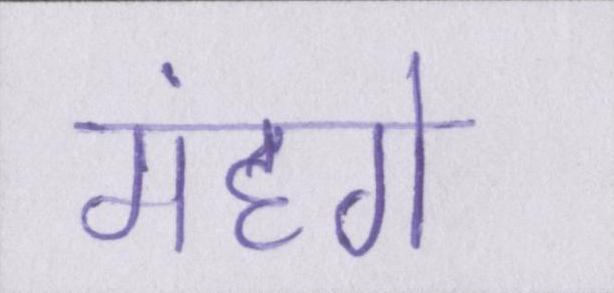
मंहगे